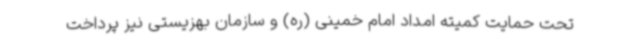
تحت حمایت کمیته امداد امام خمینی (ره) و سازمان بهزیستی نیز پرداخت